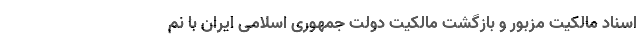
اسناد مالکیت مزبور و بازگشت مالکیت دولت جمهوری اسلامی ایران با نم